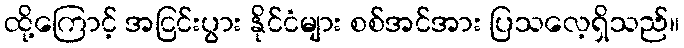
ထို့ကြောင့် အငြင်းပွား နိုင်ငံများ စစ်အင်အား ပြသလေ့ရှိသည်။